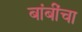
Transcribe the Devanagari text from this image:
बांबींचा